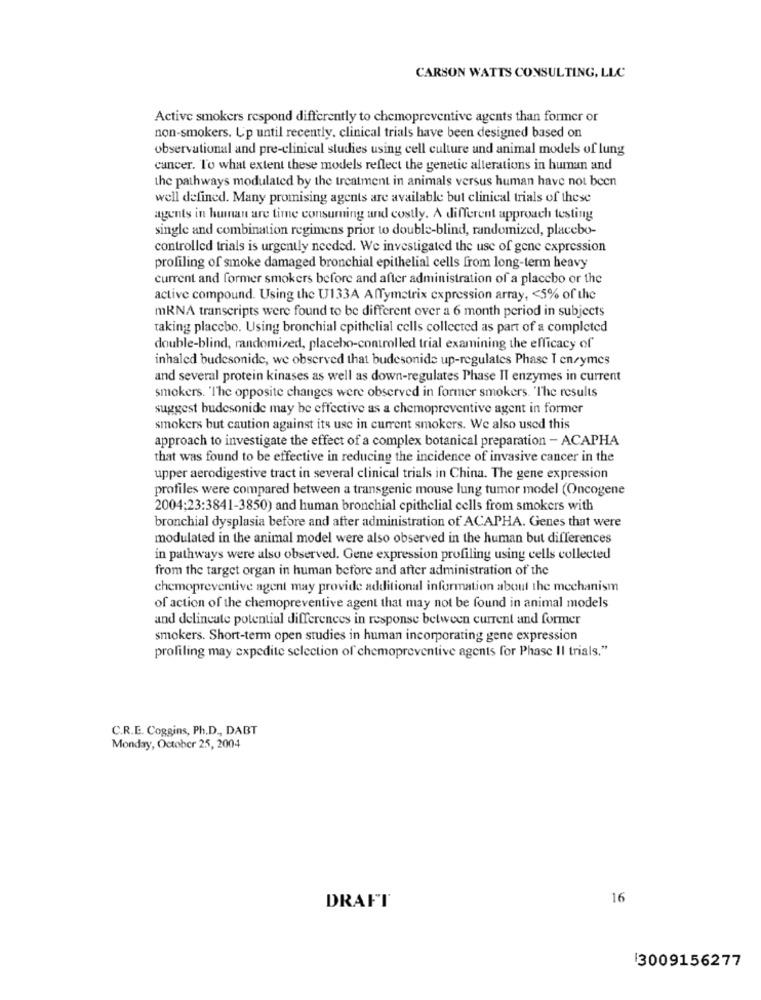
CARSON WATTS CONSULTING, LLC
Active smokers respond differently to chemopreventive agents than former or
non-smokers. Up until recently, clinical trials have been designed based on
observational and pre-clinical studies using cell culture und animal models of lung
cancer. To what extent these models reflect the genetic alterations in human and
the pathways modulated by the treatment in animals versus human have not been
well defined. Many promising agents are available but clinical trials of these
agents in human are time consuming and costly. A different approach testing
single and combination regimens prior to double-blind, randomized, placebo-
controlled trials is urgently needed. We investigated the use of gene expression
profiling of smoke damaged bronchial epithelial cells from long-term heavy
current and former smokers before and after administration of a placebo or the
active compound. Using the U133A Affymetrix expression array, < 5% of the
mRNA transcripts were found to be different over a 6 month period in subjects
taking placebo. Using bronchial epithelial cells collected as part of a completed
double-blind, randomized, placebo-controlled trial examining the efficacy of
inhaled budesonide, we observed that budesonide up-regulates Phase I enzymes
and several protein kinases as well as down-regulates Phase Il enzymes in current
smokers. "The opposite changes were observed in former smokers. "The results
suggest budesonide may be effective as a chemopreventive agent in former
smokers but caution against its use in current smokers. We also used this
approach to investigate the effect of a complex botanical preparation - ACAPHA
that was found to be effective in reducing the incidence of invasive cancer in the
upper aerodigestive tract in several clinical trials in China. The gene expression
profiles were compared between a transgenic mouse lung tumor model (Oncogene
2004:23:3841-3850) and human bronchial epithelial cells from smokers with
bronchial dysplasia before and after administration of ACAPHA. Genes that were
modulated in the animal model were also observed in the human but differences
in pathways were also observed. Gene expression profiling using cells collected
from the target organ in human before and after administration of the
chemopreventive agent may provide additional information about the mechanism
of action of the chemopreventive agent that may not be found in animal models
and delineate potential differences in response between current and former
smokers. Short-term open studies in human incorporating gene expression
profiling may expedite selection of chemopreventive agents for Phase II trials."
C.R.E. Coggins, Ph.D ., DABT
Monday, October 25, 2004
16
DRAFT
13009156277